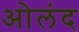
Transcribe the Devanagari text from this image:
ओलंद